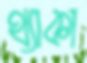
থ্যাকা